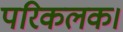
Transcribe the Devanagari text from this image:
परिकलक।